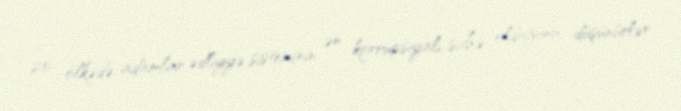
20 ölkədə adamlar ədliyyə sisteminin ən korrupsiyalı sahə olduğunu düşünürlər